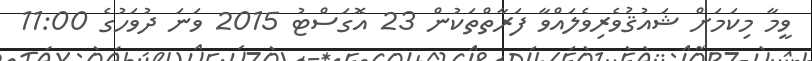
ވީމާ މިކަމަށް ޝައުޤުވެރިވެލައްވާ ފަރާތްތަކުން 23 އޮގަސްޓު 2015 ވަނަ ދުވަހުގެ 11:00